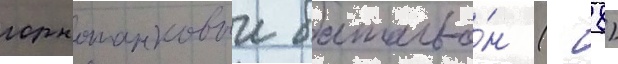
горнотанковыи батальо́н (- 8)